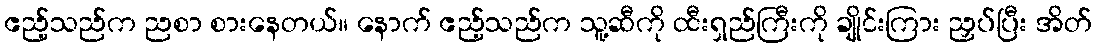
ဧည့်သည်က ညစာ စားနေတယ်။ နောက် ဧည့်သည်က သူ့ဆီကို ထီးရှည်ကြီးကို ချိုင်းကြား ညှပ်ပြီး အိတ်